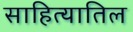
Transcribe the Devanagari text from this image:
साहित्यातिल